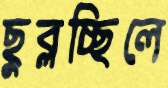
ছুব্‌লচ্ছিলে